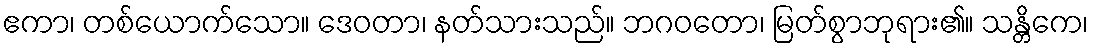
ဧကာ၊ တစ်ယောက်သော။ ဒေဝတာ၊ နတ်သားသည်။ ဘဂဝတော၊ မြတ်စွာဘုရား၏။ သန္တိကေ၊